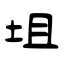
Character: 坥